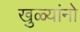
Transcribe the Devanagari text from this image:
खुळ्यांनो